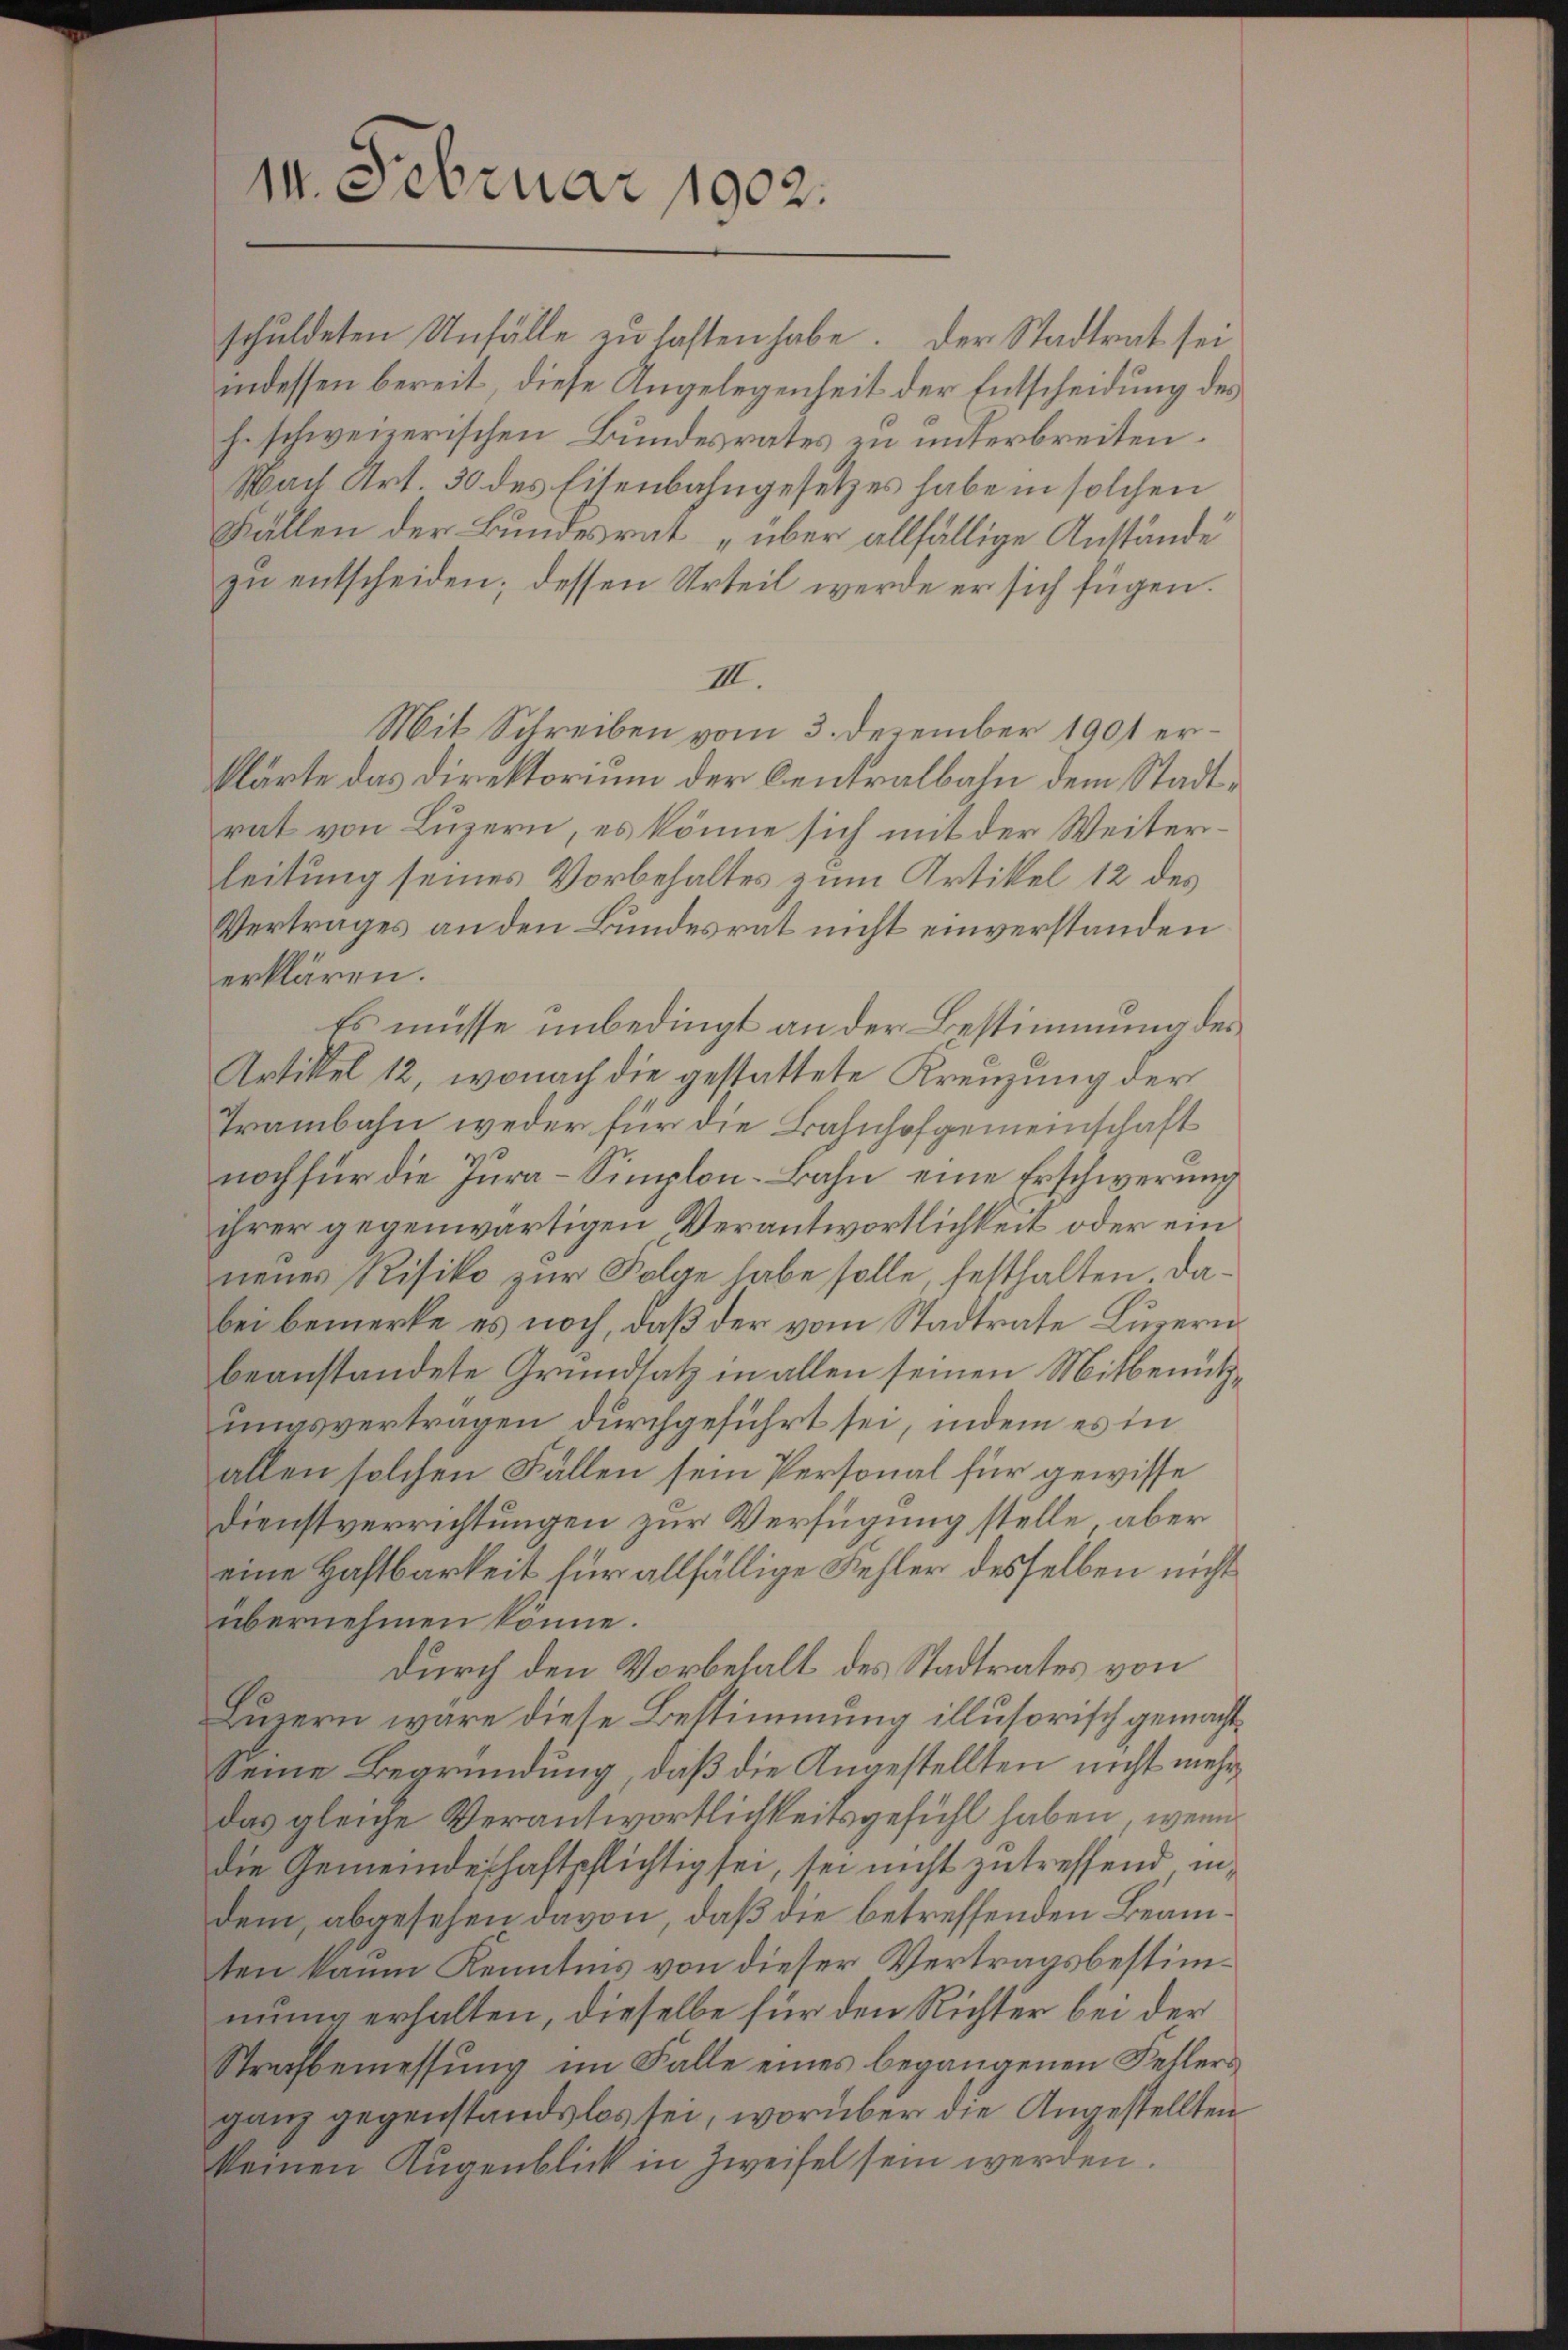
14. Februar 1902.

III.
Mit Schreiben vom 3. Dezember 1901 erklärte das Direktorium der Centralbahn dem Stadtrat von Luzern, es könne sich mit der Weiterleitung seines Vorbehaltes zum Artikel 12 des
Vertrages an den Bundesrat nicht einverstanden
erklären.
Es müsse unbedingt an der Bestimmung des
Artikel 12, wonach die gestattete Kreuzung der
Trambahn weder für die Bahnhofgemeinschaft
noch für die Jura-Simplon-Bahn eine Erschwerung
ihrer gegenwärtigen Verantwortlichkeit oder ein
neues Risiko zur Folge habe solle, festhalten. Dabei bemerke es noch, daß der vom Stadtrate Luzern
beanstandete Grundsatz in allen seinen Mitbenützungsvertragen durchgeführt sei, indem es in
allen solchen Fällen sein Personal für gewisse
Dienstverrichtungen zur Verfügung stelle, aber
eine Haftbarkeit für allfällige Fehler desselben nicht
übernehmen könne.
durch den Vorbehalt des Stadtrates von
Luzern wäre diese Bestimmung illusorisch gemacht¬
Seine Begründung, daß die Angestellten nicht mehr¬
Das gleiche Verantwortlichkeitsgefühl haben, wenn
die Gemeindeschaftpflichtig sei, sei nicht zutreffend indem, abgesehen davon, daß die betreffenden Beamten kaum Kenntnis von dieser Vertragsbestimmung erhalten, dieselbe für den Richter bei der
Strafbemessung im Falle eines begangenen Fellers
ganz gegenstandslos sei, worüber die Angestellten
keinen Augenblick in Zweifel sein werden.

schuldeten Unfälle zu hasten habe. Der Stadtrat sei
indessen bereit, diese Angelegenheit der Entscheidung des
h. schweizerischen Bundesrates zu unterbreiten.
Nach Art. 30 des Eisenbahngesetzes habe in solchen
Fällen der Bundesrat „über allfällige Anstände
zu entscheiden; dessen Urteil werde er sich fügen.